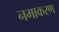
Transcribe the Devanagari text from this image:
नमाकरण